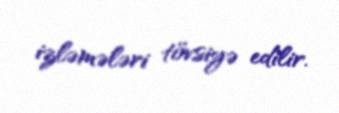
izləmələri tövsiyə edilir.